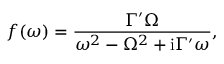
f ( \omega ) = \frac { \Gamma ^ { \prime } \Omega } { \omega ^ { 2 } - \Omega ^ { 2 } + \mathrm { i } \Gamma ^ { \prime } \omega } ,